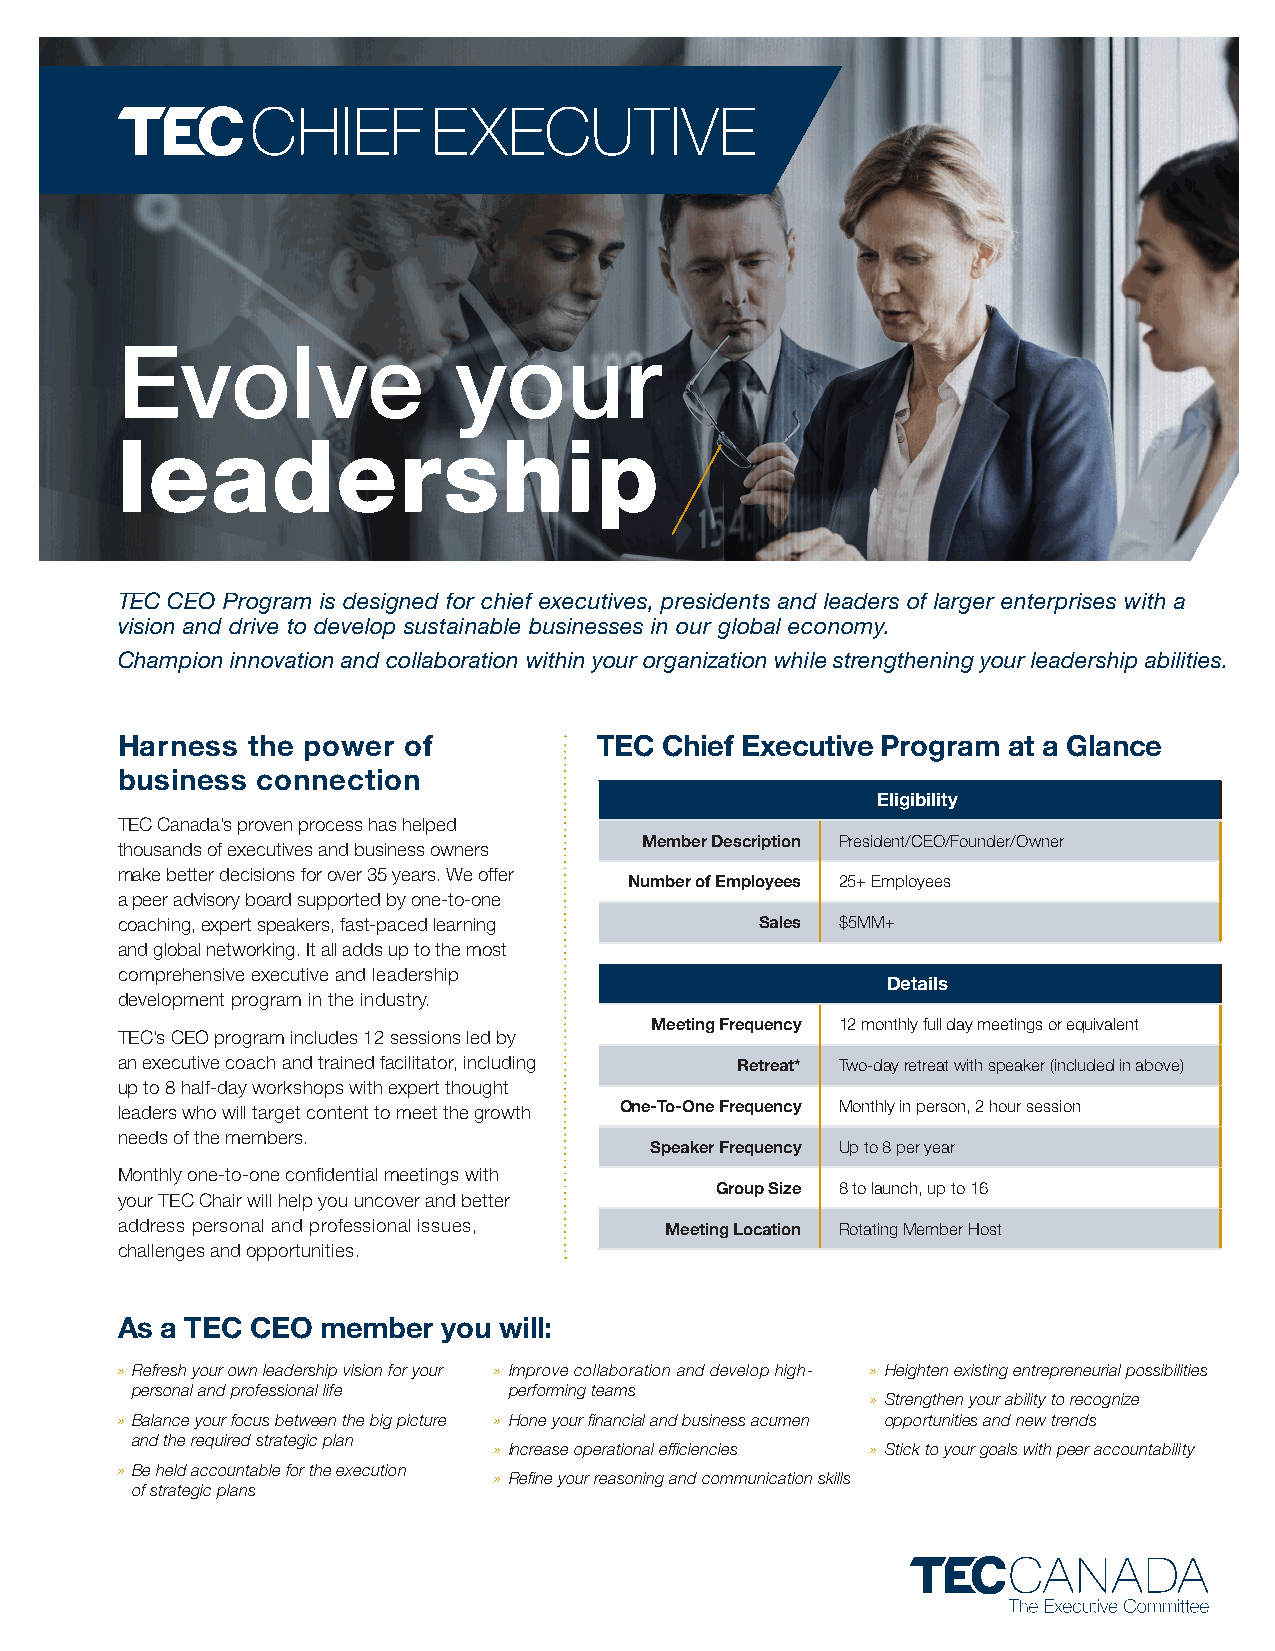
Evolve                your
 leadership
 TEC CEO Program is designed for chief executives, presidents and leaders of larger enterprises with a
 vision and drive to develop sustainable businesses in our global economy.
 Champion innovation and collaboration within your organization while strengthening your leadership abilities.
 Harness the power  of          TEC  Chief Executive Program at a Glance
 business connection
 Eligibility
 TEC Canada’s proven process has helped
 Member Description President/CEO/Founder/Owner
 thousands of executives and business owners
 make better decisions for over 35 years. We offer
 Number of Employees 25+ Employees
 a peer advisory board supported by one-to-one
 coaching, expert speakers, fast-paced learning Sales $5MM+
 and global networking. It all adds up to the most
 comprehensive executive and leadership
 Details
 development program in the industry.
 Meeting Frequency 12 monthly full day meetings or equivalent
 TEC’s CEO program includes 12 sessions led by
 an executive coach and trained facilitator, including Retreat* Two-day retreat with speaker (included in above)
 up to 8 half-day workshops with expert thought
 leaders who will target content to meet the growth One-To-One Frequency Monthly in person, 2 hour session
 needs of the members.
 Speaker Frequency Up to 8 per year
 Monthly one-to-one confidential meetings with
 Group Size 8 to launch, up to 16
 your TEC Chair will help you uncover and better
 address personal and professional issues, Meeting Location Rotating Member Host
 challenges and opportunities.
 As a TEC CEO member  you will:
 » Refresh your own leadership vision for your » Improve collaboration and develop high- » Heighten existing entrepreneurial possibilities
 personal and professional life performing teams
 » Strengthen your ability to recognize
 » Balance your focus between the big picture » Hone your financial and business acumen opportunities and new trends
 and the required strategic plan
 » Increase operational efficiencies » Stick to your goals with peer accountability
 » Be held accountable for the execution
 » Refine your reasoning and communication skills
 of strategic plans